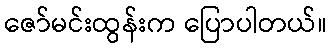
ဇော်မင်းထွန်းက ပြောပါတယ်။